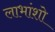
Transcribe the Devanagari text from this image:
लाभांशो